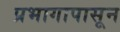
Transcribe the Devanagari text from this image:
प्रभागापासून